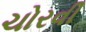
ચોરવી